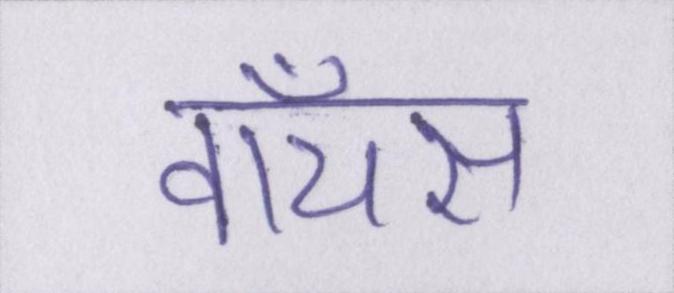
वॉयस